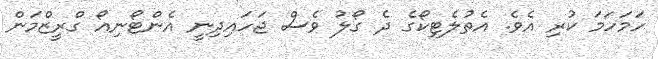
ހަމަހަމަ ކުރި އެވެ. އެތުލެޓިކޯގެ ދެ ގޯލު ވެސް ޖަހައިދިނީ އެންޓޯނިއޯ ގްރީޒްމަން